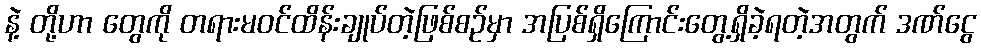
နဲ့ တို့ဟာ တွေကို တရားမဝင်ထိန်းချုပ်တဲ့ဖြစ်စဉ်မှာ အပြစ်ရှိကြောင်းတွေ့ရှိခဲ့ရတဲ့အတွက် ဒဏ်ငွေ